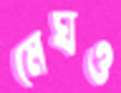
মেঘও